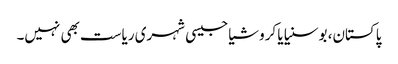
پاکستان، بوسنیا یا کروشیا جیسی شہری ریاست بھی نہیں۔